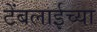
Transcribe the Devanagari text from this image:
टेंबलाईच्या